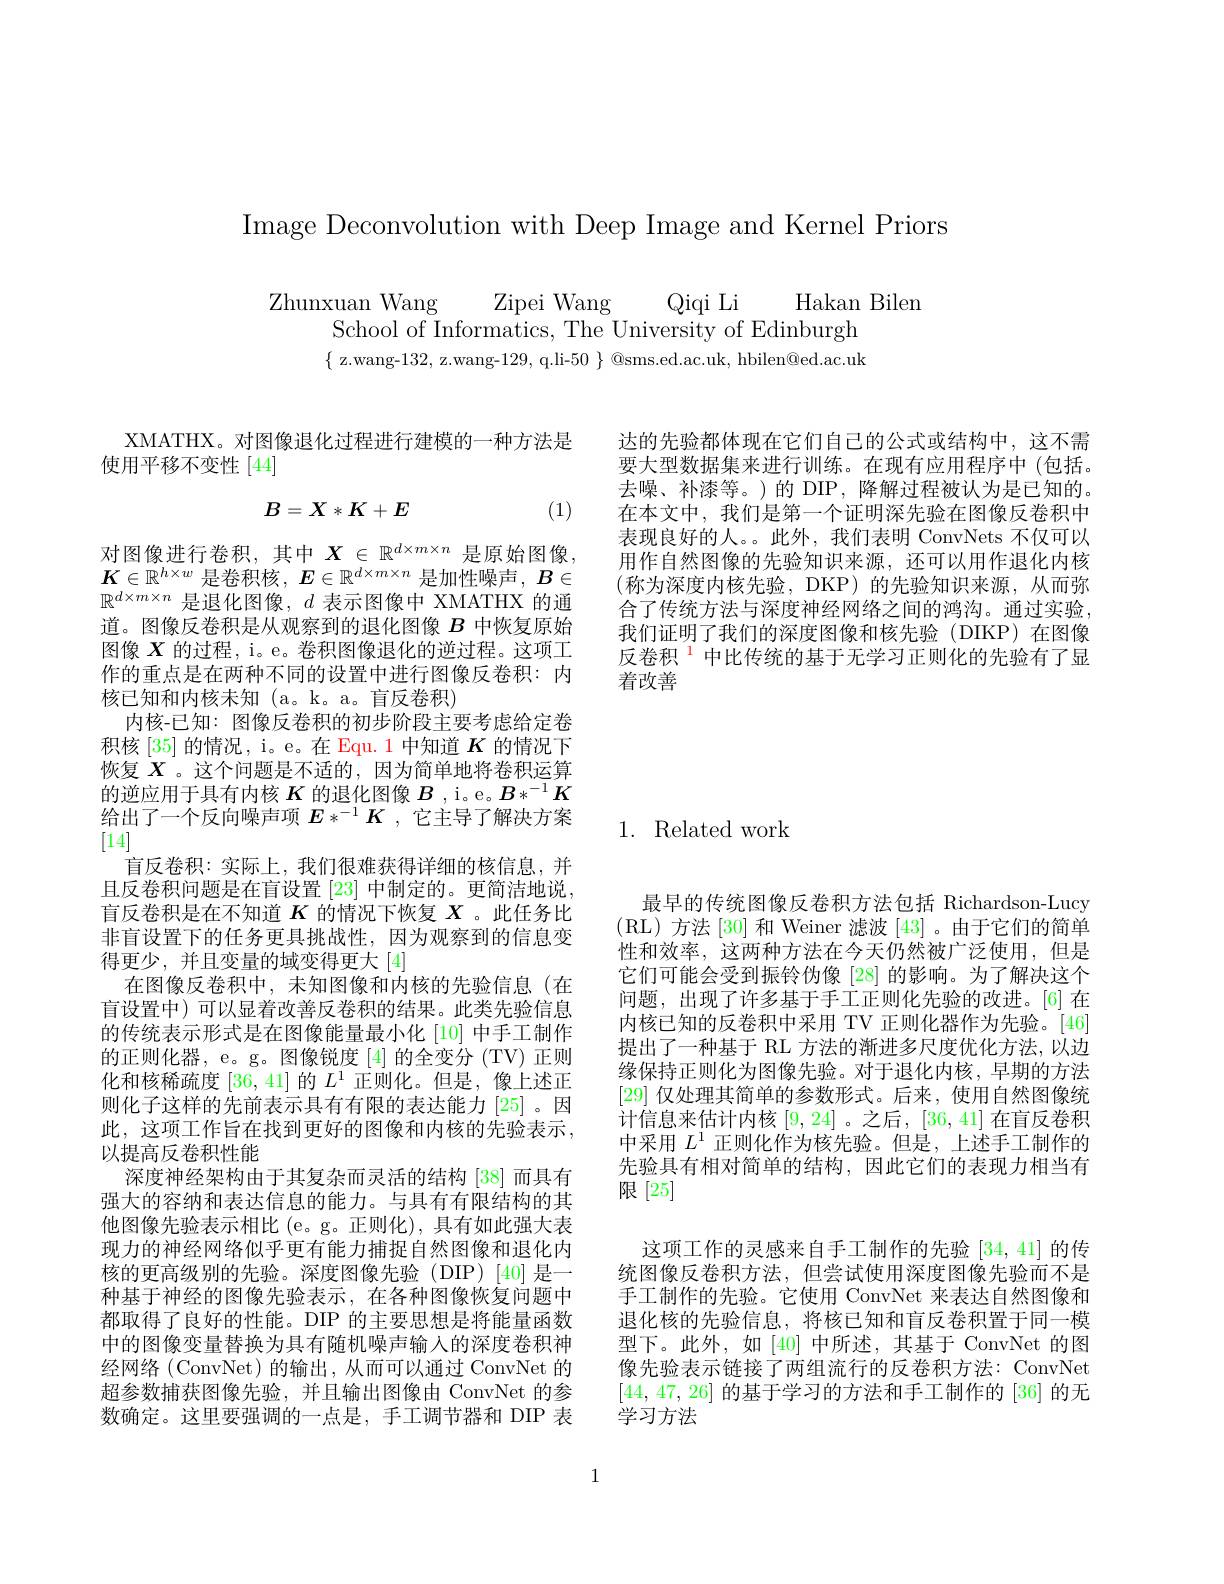
Image Deconvolution with Deep Image and Kernel Priors

Zhunxuan Wang Zipei Wang Qiqi Li Hakan Biler
School of Informatics, The University of Edinburgh $\{$z.wang-132, z.wang-129, q.li-50 $\}$ @sms.ed.ac.uk, hbilen@ed.ac.uk

达的先验都体现在它们自己的公式或结构中，这不需要大型数据集来进行训练。在现有应用程序中(包括。去噪、补漆等。)的 DIP, 降解过程被认为是已知的。在本文中，我们是第一个证明深先验在图像反卷积中表现良好的人。。此外，我们表明 ConvNets 不仅可以用作自然图像的先验知识来源，还可以用作退化内核(称为深度内核先验，DKP)的先验知识来源，从而弥合了传统方法与深度神经网络之间的鸿沟。通过实验我们证明了我们的深度图像和核先验(DIKP)在图像反卷积$^{1}$中比传统的基于无学习正则化的先验有了显着改善

## 1. Related work

XMATHX。对图像退化过程进行建模的一种方法是
使用平移不变性[44]
$$B=X*K+E$$
(1)

$\begin{array}{l}\text{对图像进行卷积，其中 }X\in\mathbb{R}^{d\times m\times n}&\text{是原始图像，}\\K\in\mathbb{R}^{h\times w}&\text{是卷积核，}E\in\mathbb{R}^{d\times m\times n}&\text{是加性噪声，}B\in\end{array}$ $\mathbb{R}^{d\times m\times n}$是退化图像，$d$表示图像中 XMATHX 的通道。图像反卷积是从观察到的退化图像$B$中恢复原始图像$X$的过程，i。e。卷积图像退化的逆过程。这项工作的重点是在两种不同的设置中进行图像反卷积：内核已知和内核未知(a。k。a。盲反卷积)
内核-已知：图像反卷积的初步阶段主要考虑给定卷积核[35]的情况，i。e。在 Equ.1 中知道$K$的情况下恢复$X$ 。这个问题是不适的，因为简单地将卷积运算的逆应用于具有内核$K$的退化图像$B$ ,i。e。$B*^-1K$ 给出了一个反向噪声项$E*^-1\boldsymbol{K}$ ,它主导了解决方案[14]
盲反卷积：实际上，我们很难获得详细的核信息，并且反卷积问题是在盲设置[23]中制定的。更简洁地说盲反卷积是在不知道$K$的情况下恢复$X$ 。此任务比非盲设置下的任务更具挑战性，因为观察到的信息变得更少，并且变量的域变得更大[4]
在图像反卷积中，未知图像和内核的先验信息(在盲设置中)可以显着改善反卷积的结果。此类先验信息的传统表示形式是在图像能量最小化 [10] 中手工制作的正则化器，e。g。图像锐度[4]的全变分 (TV) 正则化和核稀疏度[36,41]的$L^1$正则化。但是，像上述正则化子这样的先前表示具有有限的表达能力[25]。因此，这项工作旨在找到更好的图像和内核的先验表示， 以提高反卷积性能
深度神经架构由于其复杂而灵活的结构 [38] 而具有强大的容纳和表达信息的能力。与具有有限结构的其他图像先验表示相比(e。g。正则化),具有如此强大表现力的神经网络似乎更有能力捕捉自然图像和退化内核的更高级别的先验。深度图像先验(DIP)[40]是一种基于神经的图像先验表示，在各种图像恢复问题中都取得了良好的性能。DIP 的主要思想是将能量函数中的图像变量替换为具有随机噪声输入的深度卷积神经网络(ConvNet)的输出，从而可以通过 ConvNet 的超参数捕获图像先验，并且输出图像由 ConvNet 的参数确定。这里要强调的一点是，手工调节器和 DIP 表

最早的传统图像反卷积方法包括 Richardson-Lucy (RL)方法 [30] 和 Weiner 滤波 [43] 。由于它们的简单性和效率，这两种方法在今天仍然被广泛使用，但是它们可能会受到振铃伪像[28]的影响。为了解决这个问题，出现了许多基于手工正则化先验的改进。[6]在内核已知的反卷积中采用 TV 正则化器作为先验。[46] 提出了一种基于 RL 方法的渐进多尺度优化方法，以边缘保持正则化为图像先验。对于退化内核，早期的方法[29]仅处理其简单的参数形式。后来，使用自然图像统计信息来估计内核[9,24] 。之后，[36,41]在盲反卷积中采用$L^1$正则化作为核先验。但是，上述手工制作的先验具有相对简单的结构，因此它们的表现力相当有限[25]

这项工作的灵感来自手工制作的先验 [34,41] 的传统图像反卷积方法，但尝试使用深度图像先验而不是手工制作的先验。它使用 ConvNet 来表达自然图像和退化核的先验信息，将核已知和盲反卷积置于同一模型下。此外，如[40]中所述，其基于 ConvNet 的图像先验表示链接了两组流行的反卷积方法：ConvNet [44, 47, 26]的基于学习的方法和手工制作的 [36] 的无学习方法

1